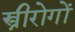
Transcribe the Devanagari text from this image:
स्त्रीरोगों